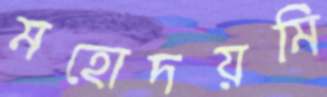
মহোদয়মি